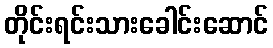
တိုင်းရင်းသားခေါင်းဆောင်